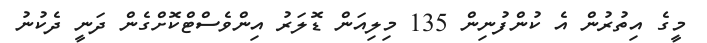
މީގެ އިތުރުން އެ ކުންފުނިން 135 މިލިއަން ޑޮލަރު އިންވެސްޓްކޮށްގެން ދަނީ ދެކުނު